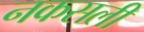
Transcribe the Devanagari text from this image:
नकसली